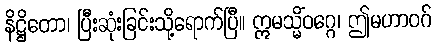
နိဋ္ဌိတော၊ ပြီးဆုံးခြင်းသို့ရောက်ပြီ။ ဣမသ္မိံဝဂ္ဂေ၊ ဤမဟာဝဂ်